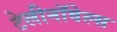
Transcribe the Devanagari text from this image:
टेलीनॉवेल्स